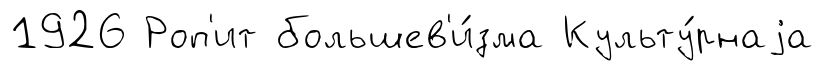
1926 Роп'ит большев'и́зма Культу́рнаjа